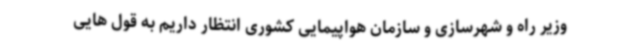
وزیر راه و شهرسازی و سازمان هواپیمایی کشوری انتظار داریم به قول هایی